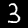
Label: 3